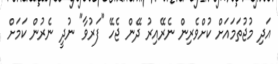
އަދި މުޖުތަމައަށް ކުށްވެރިން ނެރޭއިރު ދޭން ޖެހޭ "ފަރުވާ" ނުދީ ނެރުން ކަމަށް